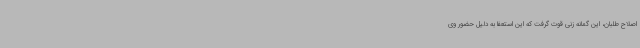
اصلاح طلبان، این گمانه زنی قوت گرفت که این استعفا به دلیل حضور وی